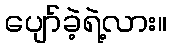
ပျော်ခဲ့ရဲ့လား။